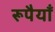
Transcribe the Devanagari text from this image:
रूपैयाँ